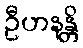
ဦဟနန္တိ